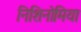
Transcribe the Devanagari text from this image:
निशिनोमिया